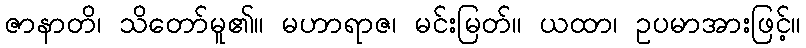
ဇာနာတိ၊ သိတော်မူ၏။ မဟာရာဇ၊ မင်းမြတ်။ ယထာ၊ ဥပမာအားဖြင့်။